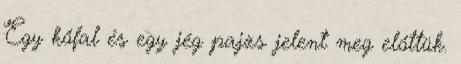
Egy kőfal és egy jég pajzs jelent meg előttük.